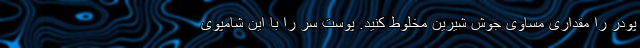
پودر را مقداری مساوی جوش شیرین مخلوط کنید. پوست سر را با این شامپوی